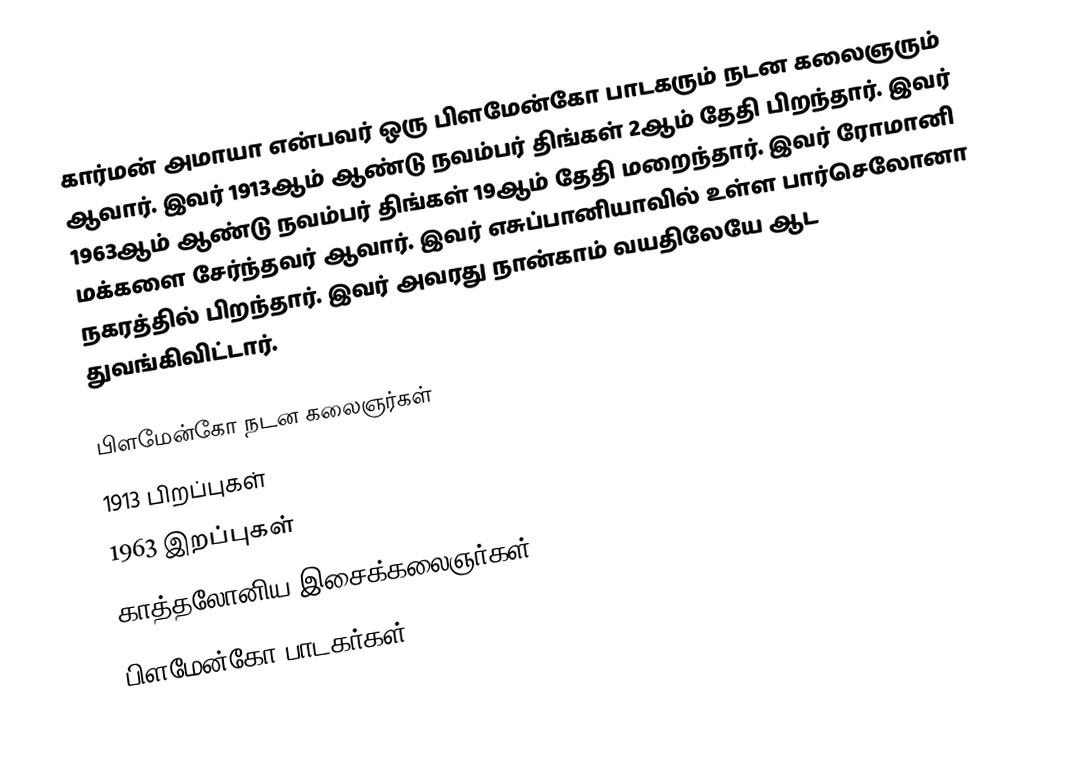
கார்மன் அமாயா என்பவர் ஒரு பிளமேன்கோ பாடகரும் நடன கலைஞரும் ஆவார். இவர் 1913ஆம் ஆண்டு நவம்பர் திங்கள் 2ஆம் தேதி பிறந்தார். இவர் 1963ஆம் ஆண்டு நவம்பர் திங்கள் 19ஆம் தேதி மறைந்தார். இவர் ரோமானி மக்களை சேர்ந்தவர் ஆவார். இவர் எசுப்பானியாவில் உள்ள பார்செலோனா நகரத்தில் பிறந்தார். இவர் அவரது நான்காம் வயதிலேயே ஆட துவங்கிவிட்டார்.

பிளமேன்கோ நடன கலைஞர்கள்
1913 பிறப்புகள்
1963 இறப்புகள்
காத்தலோனிய இசைக்கலைஞர்கள்
பிளமேன்கோ பாடகர்கள்